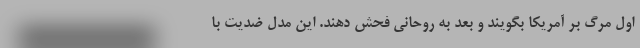
اول مرگ بر آمریکا بگویند و بعد به روحانی فحش دهند. این مدل ضدیت با